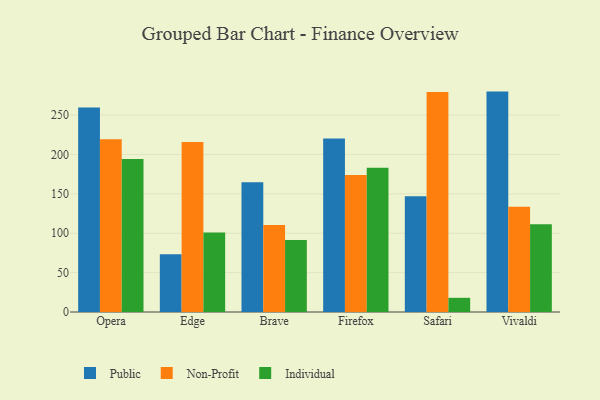
{"axis": {"x": "Browser", "y": "Market Share (%)"}, "legend": ["Individual", "Non-Profit", "Public"], "data": [{"x": "Opera", "y": 259.6, "type": "Public"}, {"x": "Opera", "y": 219.2, "type": "Non-Profit"}, {"x": "Opera", "y": 194.2, "type": "Individual"}, {"x": "Edge", "y": 73.4, "type": "Public"}, {"x": "Edge", "y": 215.8, "type": "Non-Profit"}, {"x": "Edge", "y": 100.8, "type": "Individual"}, {"x": "Brave", "y": 164.7, "type": "Public"}, {"x": "Brave", "y": 110.6, "type": "Non-Profit"}, {"x": "Brave", "y": 91.4, "type": "Individual"}, {"x": "Firefox", "y": 220.2, "type": "Public"}, {"x": "Firefox", "y": 173.8, "type": "Non-Profit"}, {"x": "Firefox", "y": 183.1, "type": "Individual"}, {"x": "Safari", "y": 146.9, "type": "Public"}, {"x": "Safari", "y": 279.4, "type": "Non-Profit"}, {"x": "Safari", "y": 18.0, "type": "Individual"}, {"x": "Vivaldi", "y": 279.8, "type": "Public"}, {"x": "Vivaldi", "y": 133.7, "type": "Non-Profit"}, {"x": "Vivaldi", "y": 111.3, "type": "Individual"}]}